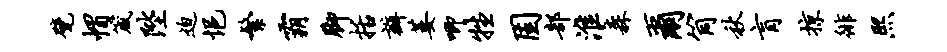
甓帽箴陛迫悒繁霸脚括瓣萎唧牲固部淮森尔筒秋肓掠徘熙